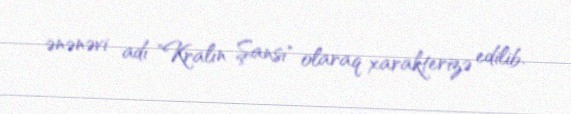
ənənəvi adı "Kralın Şansı" olaraq xarakterizə edilib.